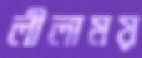
লীলাময়